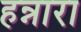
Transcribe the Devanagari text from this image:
हन्नारा